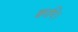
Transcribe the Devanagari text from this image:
क्वापि।